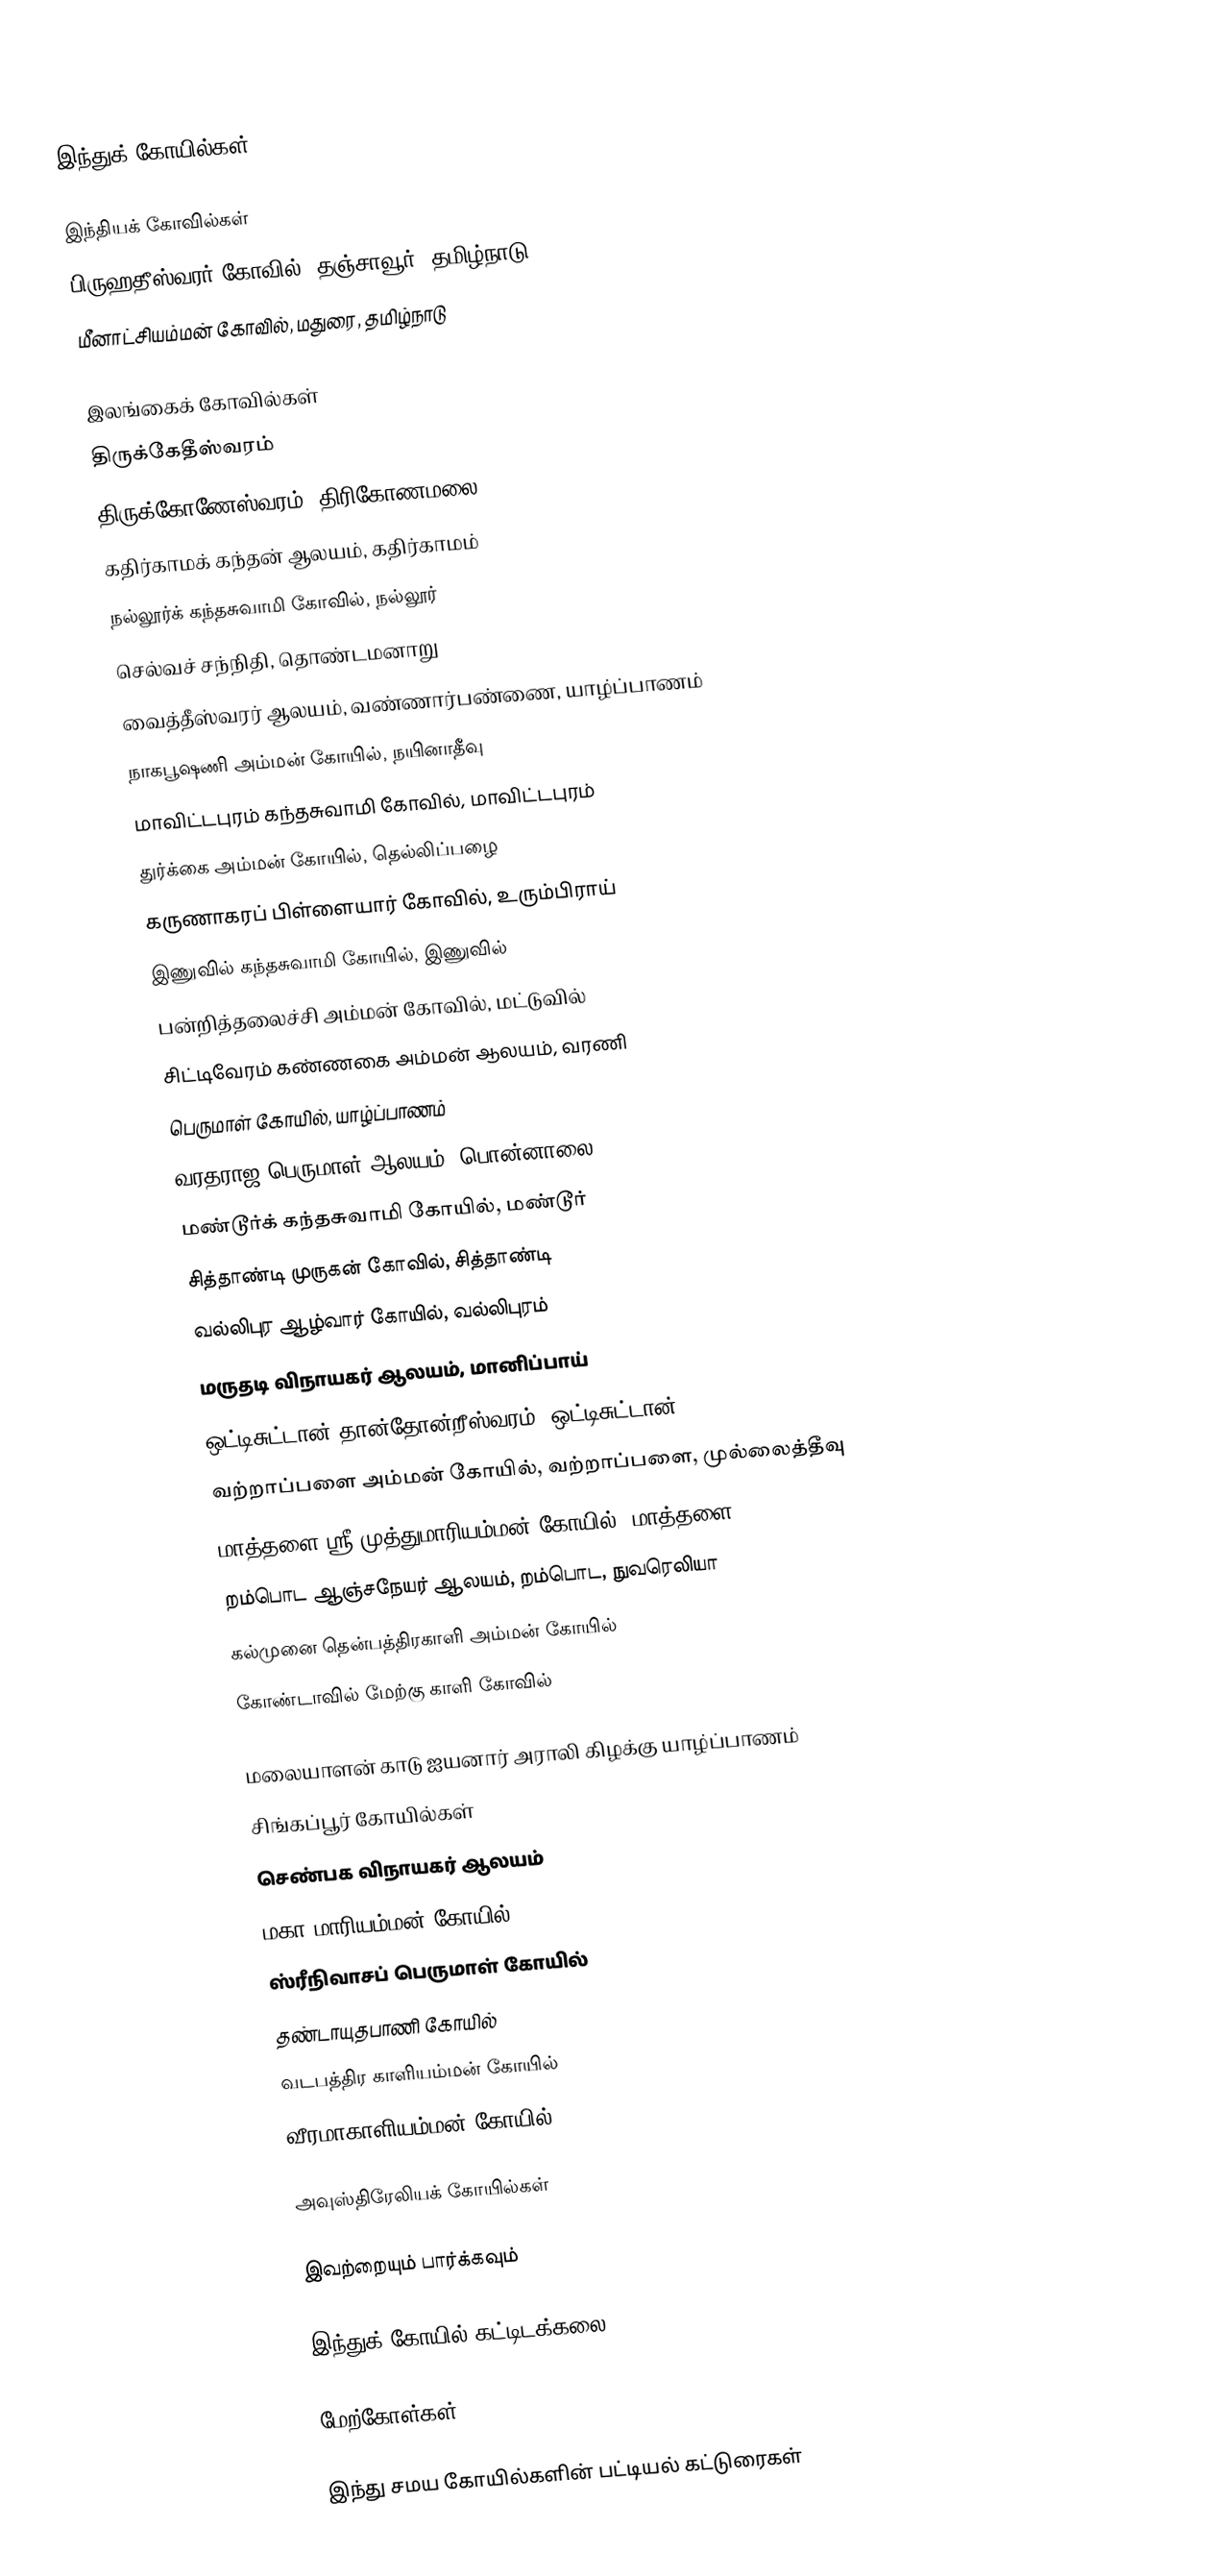
இந்துக் கோயில்கள்

 இந்தியக் கோவில்கள்
 பிருஹதீஸ்வரர் கோவில், தஞ்சாவூர், தமிழ்நாடு
 மீனாட்சியம்மன் கோவில், மதுரை, தமிழ்நாடு

 இலங்கைக் கோவில்கள்
திருக்கேதீஸ்வரம்
 திருக்கோணேஸ்வரம், திரிகோணமலை
கதிர்காமக் கந்தன் ஆலயம், கதிர்காமம்
 நல்லூர்க் கந்தசுவாமி கோவில், நல்லூர்
செல்வச் சந்நிதி, தொண்டமனாறு
வைத்தீஸ்வரர் ஆலயம், வண்ணார்பண்ணை, யாழ்ப்பாணம்
நாகபூஷணி அம்மன் கோயில், நயினாதீவு
மாவிட்டபுரம் கந்தசுவாமி கோவில், மாவிட்டபுரம்
துர்க்கை அம்மன் கோயில், தெல்லிப்பழை
கருணாகரப் பிள்ளையார் கோவில், உரும்பிராய்
இணுவில் கந்தசுவாமி கோயில், இணுவில்
பன்றித்தலைச்சி அம்மன் கோவில், மட்டுவில்
சிட்டிவேரம் கண்ணகை அம்மன் ஆலயம், வரணி
பெருமாள் கோயில், யாழ்ப்பாணம்
வரதராஜ பெருமாள் ஆலயம், பொன்னாலை
மண்டூர்க் கந்தசுவாமி கோயில், மண்டூர்
சித்தாண்டி முருகன் கோவில், சித்தாண்டி
வல்லிபுர ஆழ்வார் கோயில், வல்லிபுரம்
மருதடி விநாயகர் ஆலயம், மானிப்பாய்
ஒட்டிசுட்டான் தான்தோன்றீஸ்வரம், ஒட்டிசுட்டான்
வற்றாப்பளை அம்மன் கோயில், வற்றாப்பளை, முல்லைத்தீவு
மாத்தளை ஸ்ரீ முத்துமாரியம்மன் கோயில், மாத்தளை
றம்பொட ஆஞ்சநேயர் ஆலயம், றம்பொட, நுவரெலியா
கல்முனை தென்பத்திரகாளி அம்மன் கோயில்
கோண்டாவில் மேற்கு காளி கோவில்

மலையாளன் காடு ஐயனார் அராலி கிழக்கு யாழ்ப்பாணம்
 சிங்கப்பூர் கோயில்கள்
 செண்பக விநாயகர் ஆலயம்
 மகா மாரியம்மன் கோயில்
 ஸ்ரீநிவாசப் பெருமாள் கோயில்
 தண்டாயுதபாணி கோயில்
 வடபத்திர காளியம்மன் கோயில்
 வீரமாகாளியம்மன் கோயில்

 அவுஸ்திரேலியக் கோயில்கள்

இவற்றையும் பார்க்கவும்

 இந்துக் கோயில் கட்டிடக்கலை

மேற்கோள்கள்

இந்து சமய கோயில்களின் பட்டியல் கட்டுரைகள்